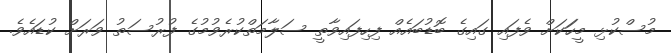
މުސްކުޅި މީހަަކަށް ވެފައި ގައިގެ ބޮޑުބައެއް ފިހިފައިވާތީ ސަލާމަތްކުރެވުމުގެ ފުރުސަތު ވަރަށް ކުޑައެވެ.